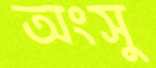
অংসু